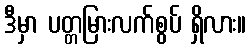
ဒီမှာ ပတ္တမြားလက်စွပ် ရှိလား။